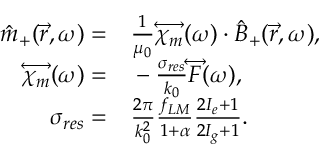
\begin{array} { r l } { \hat { m } _ { + } ( \vec { r } , \omega ) = } & { { } \frac { 1 } { \mu _ { 0 } } \overleftrightarrow { \chi _ { m } } ( \omega ) \cdot \hat { B } _ { + } ( \vec { r } , \omega ) , } \\ { \overleftrightarrow { \chi _ { m } } ( \omega ) = } & { { } - \frac { \sigma _ { r e s } } { k _ { 0 } } \overleftrightarrow { F } ( \omega ) , } \\ { \sigma _ { r e s } = } & { { } \frac { 2 \pi } { k _ { 0 } ^ { 2 } } \frac { f _ { L M } } { 1 + \alpha } \frac { 2 I _ { e } + 1 } { 2 I _ { g } + 1 } . } \end{array}